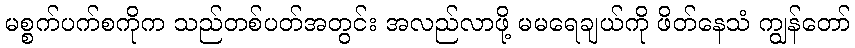
မစ္စက်ပက်စကိုက သည်တစ်ပတ်အတွင်း အလည်လာဖို့ မမရေချယ်ကို ဖိတ်နေသံ ကျွန်တော်